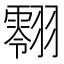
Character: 𮋔